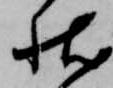
状